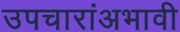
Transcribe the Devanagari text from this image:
उपचारांअभावी